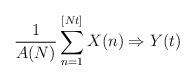
LaTeX: \begin{align*}\frac{1}{A(N)}\sum_{n=1}^{[Nt]}X(n) \Rightarrow Y(t)\end{align*}